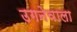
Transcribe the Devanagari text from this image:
उगनेवाला